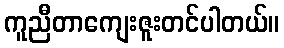
ကူညီတာကျေးဇူးတင်ပါတယ်။